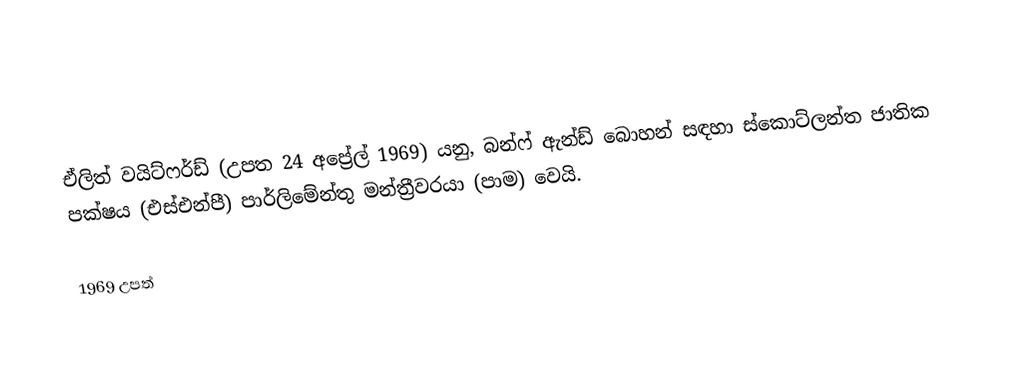
ඒලිත් වයිට්ෆර්ඩ් (උපත 24 අප්‍රේල් 1969) යනු,   බන්ෆ් ඇන්ඩ් බොහන් සඳහා ස්කොට්ලන්ත ජාතික පක්ෂය (එස්එන්පී) පාර්ලිමේන්තු මන්ත්‍රීවරයා (පාම) වෙයි.

1969 උපත්